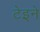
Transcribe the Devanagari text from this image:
टेइने